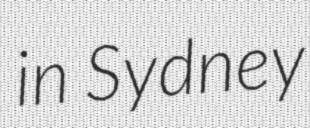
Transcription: in Sydney